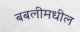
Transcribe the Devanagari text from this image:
बबलीमधील